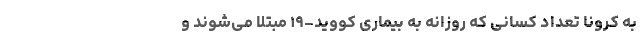
به کرونا تعداد کسانی که روزانه به بیماری کووید-۱۹ مبتلا می‌شوند و